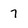
Character: 7